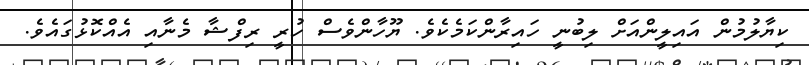
ކިޔާލުމުން އައިލީންއަށް ލިބުނީ ހައިރާންކަމެކެވެ. ޔޫހާންވެސް ހުރީ ރިފްޝާ މެނާއި އެއްކޮޅުގައެވެ.